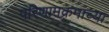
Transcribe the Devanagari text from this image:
परिणामक्रमाच्या